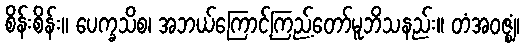
စိန်းစိန်း။ ပေက္ခသိစ၊ အဘယ်ကြောင့်ကြည့်တော်မူဘိသနည်း။ တံအဝဇ္ဈံ၊